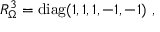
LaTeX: R _ { \Omega } ^ { 3 } = \mathrm { d i a g } ( 1 , 1 , 1 , - 1 , - 1 ) ~ , ~ \,